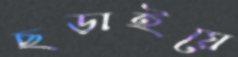
ছড়াইয়ে